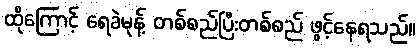
ထိုကြောင့် ရေခဲမုန့် တစ်စည်ပြီးတစ်စည် ဖွင့်နေရသည်။